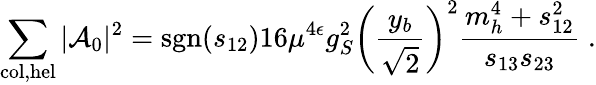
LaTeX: \sum_{\mathrm{col,hel}}|{\cal A}_{0}|^{2}=\mathrm{sgn}(s_{12})16\mu^{4\epsilon}g_{S}^{2}\left(\frac{y_{b}}{\sqrt 2}\right)^{2}\frac{m_{h}^{4}+s_{12}^{2}}{s_{13}s_{23}}\; .